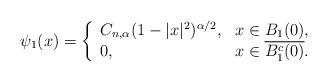
LaTeX: \begin{align*}\psi_1(x)=\left\{\begin{array}{ll}C_{n, \alpha}(1-|x|^2)^{\alpha/2}, &x \in B_1(0),\\0,&x \in \overline{B_1^c(0)}.\end{array}\right.\end{align*}